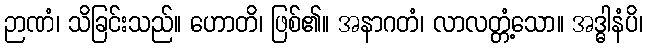
ဉာဏံ၊ သိခြင်းသည်။ ဟောတိ၊ ဖြစ်၏။ အနာဂတံ၊ လာလတ္တံ့သော။ အဒ္ဓါနံပိ၊